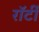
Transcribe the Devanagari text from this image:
रॉर्टी